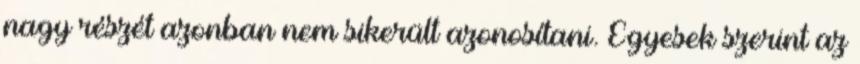
nagy részét azonban nem sikerült azonosítani. Egyesek szerint az